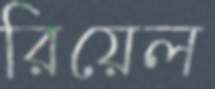
রিয়েল